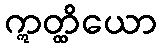
ဣတ္ထိယော